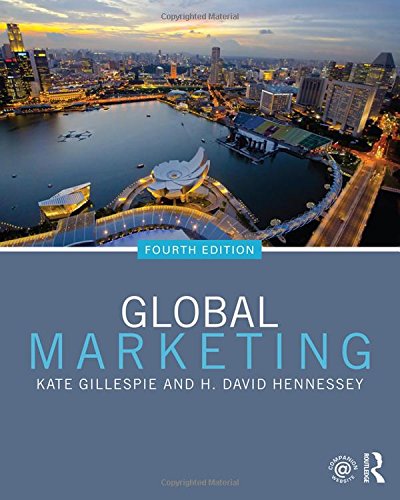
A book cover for Global Marketing; Kate Gillespie; Business & Money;